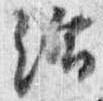
給